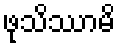
ဖုသိဿာမိ